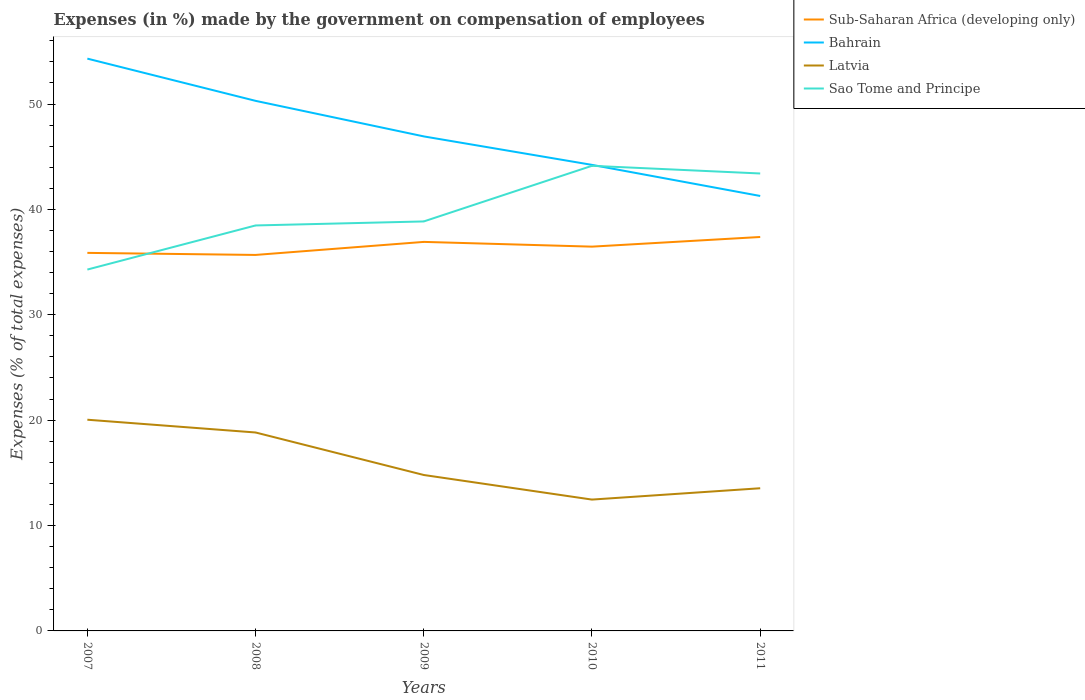
| Years | Sub-Saharan Africa (developing only) | Bahrain | Latvia | Sao Tome and Principe |
 | --- | --- | --- | --- | --- |
 | 2007 | 35.9 | 54.3 | 20 | 34.3 |
 | 2008 | 35.7 | 50.3 | 18.8 | 38.5 |
 | 2009 | 36.9 | 46.9 | 14.8 | 38.9 |
 | 2010 | 36.5 | 44.2 | 12.5 | 44.1 |
 | 2011 | 37.4 | 41.3 | 13.5 | 43.4 |